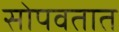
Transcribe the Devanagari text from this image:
सोपवतात